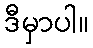
ဒီမှာပါ။